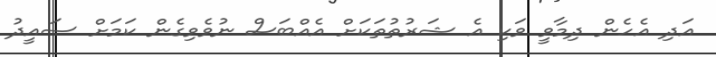
އަދި އެހެން ދިމާވީ ވަކި އެ ޝަރުތުތަކަށް އެއްބަސް ނުވެވިގެން ކަމަށް ސައީދު